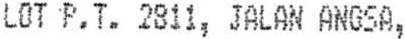
LOT P.T. 2811, JALAN ANGSA,